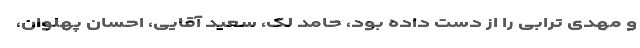
و مهدی ترابی را از دست داده بود، حامد لک، سعید آقایی، احسان پهلوان،